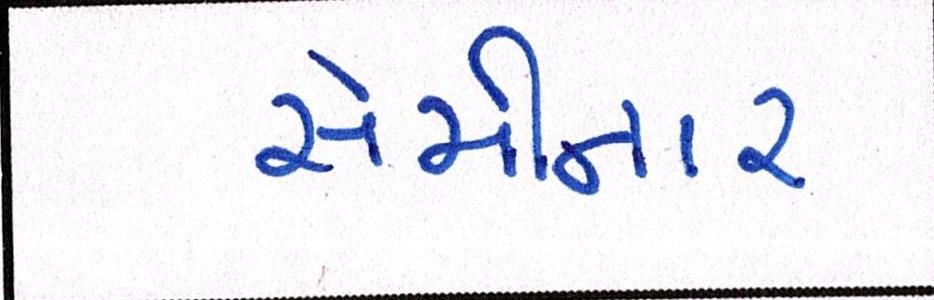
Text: સેમીનાર